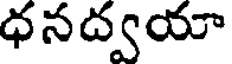
ధనద్వయా